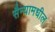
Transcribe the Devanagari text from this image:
सैन्यामधील